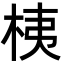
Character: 桋